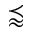
\precapprox